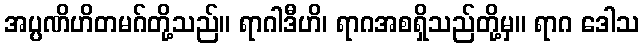
အပ္ပဏိဟိတမဂ်တို့သည်။ ရာဂါဒီဟိ၊ ရာဂအစရှိသည်တို့မှ။ ရာဂ ဒေါသ